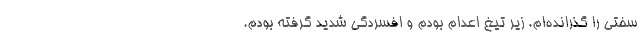
سختی را گذرانده‌ام. زیر تیغ اعدام بودم و افسردگی شدید گرفته بودم.